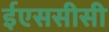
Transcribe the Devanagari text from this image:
ईएससीसी